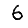
Digit: 6